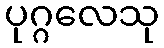
ပုဂ္ဂလေသု